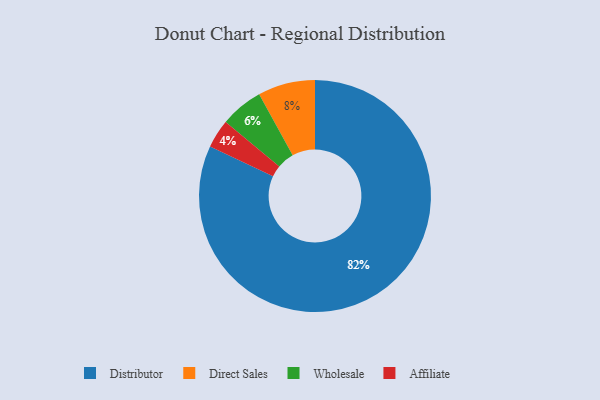
{"axis": {"x": "Category", "y": "Percentage"}, "legend": ["Affiliate", "Direct Sales", "Distributor", "Wholesale"], "data": [{"x": "Affiliate", "y": 4, "type": "Affiliate"}, {"x": "Direct Sales", "y": 8, "type": "Direct Sales"}, {"x": "Distributor", "y": 82, "type": "Distributor"}, {"x": "Wholesale", "y": 6, "type": "Wholesale"}]}